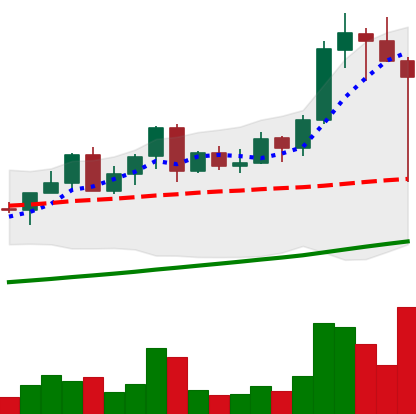
Ticker: LINK-USD
Chart end date: 2021-04-18
Forward return: -10.258%
Label: down_7plus